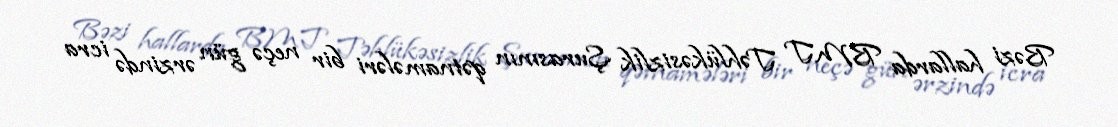
Bəzi hallarda BMT Təhlükəsizlik Şurasının qətnamələri bir neçə gün ərzində icra